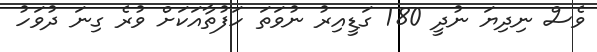
ވެސް ނިދިޔަ ނުދީ 180 ގަޑީއިރު ނުވަތަ ހަފުތާއަކަށް ވުރެ ގިނަ ދުވަހު